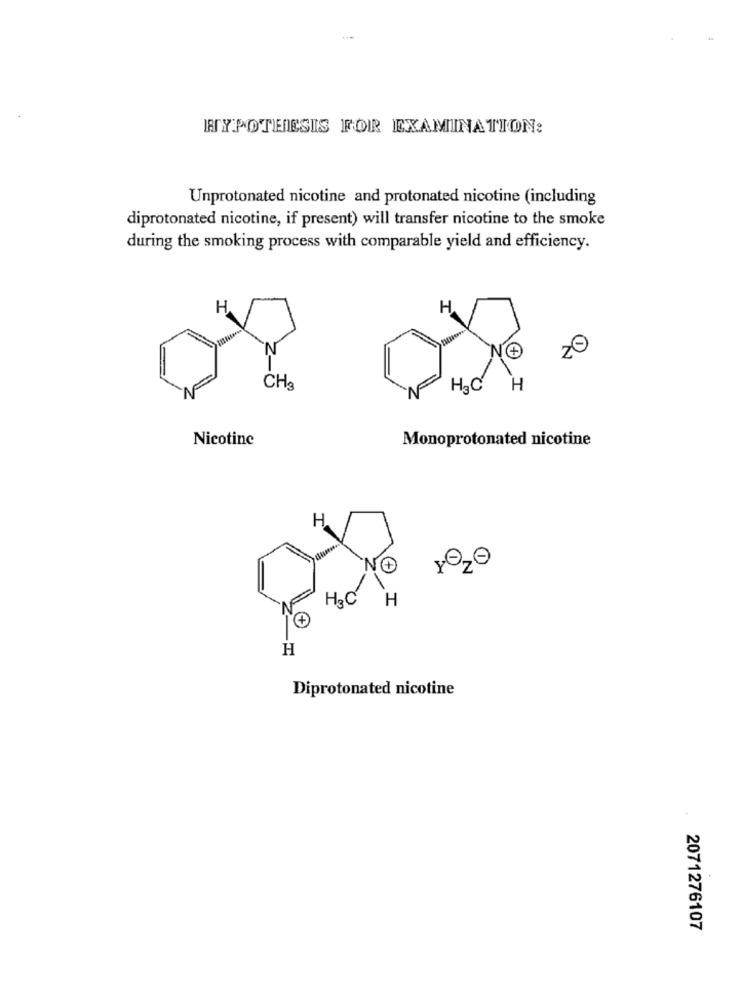
HYPOTHESIS FOR EXAMINATION:
Unprotonated nicotine and protonated nicotine (including
diprotonated nicotine, if present) will transfer nicotine to the smoke
during the smoking process with comparable yield and efficiency.
H
NF
CHa
H2C
H
Nicotine
Monoprotonated nicotine
H
H2
H
H
Diprotonated nicotine
2071276107